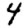
Digit: 4